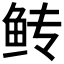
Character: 𫚋